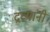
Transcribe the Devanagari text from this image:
द्रव्यांनी